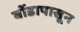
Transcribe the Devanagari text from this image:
बोंडापासून